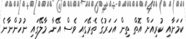
ކަމަށާއި ކުރިއަށް އޮތް ތިން އަހަރުގެ ތެރޭގައި ވެސް އޭނާ މާލޭގައި ނުހުންނާނެ